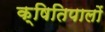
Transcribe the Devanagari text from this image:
क्षितिपालों